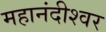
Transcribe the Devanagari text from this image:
महानंदीश्‍वर